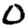
Digit: 0